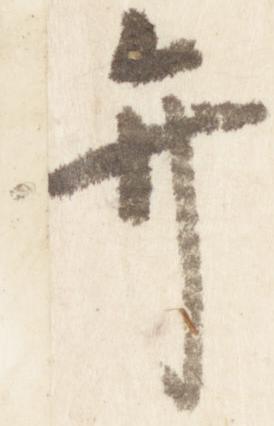
弁